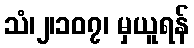
သံ၊၂၊၁၀၇၊ မှယူရန်